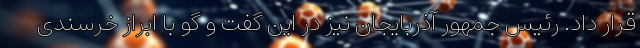
قرار داد. رئیس جمهور آذربایجان نیز در این گفت و گو با ابراز خرسندی